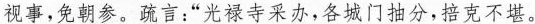
视事，免朝参。疏言：”光禄寺采办，各城门抽分，招克不堪。